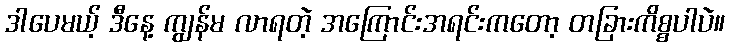
ဒါပေမယ့် ဒီနေ့ ကျွန်မ လာရတဲ့ အကြောင်းအရင်းကတော့ တခြားကိစ္စပါပဲ။